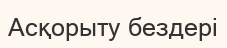
Асқорыту бездері